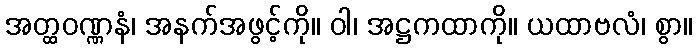
အတ္ထဝဏ္ဏနံ၊ အနက်အဖွင့်ကို။ ဝါ၊ အဋ္ဌကထာကို။ ယထာဗလံ၊ စွာ။